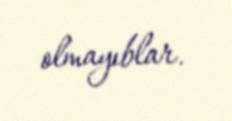
olmayıblar.